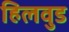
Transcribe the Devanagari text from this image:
हिलवुड